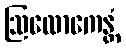
ဩလောကေန္တံ